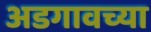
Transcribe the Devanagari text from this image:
अडगावच्या